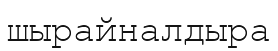
шырайналдыра